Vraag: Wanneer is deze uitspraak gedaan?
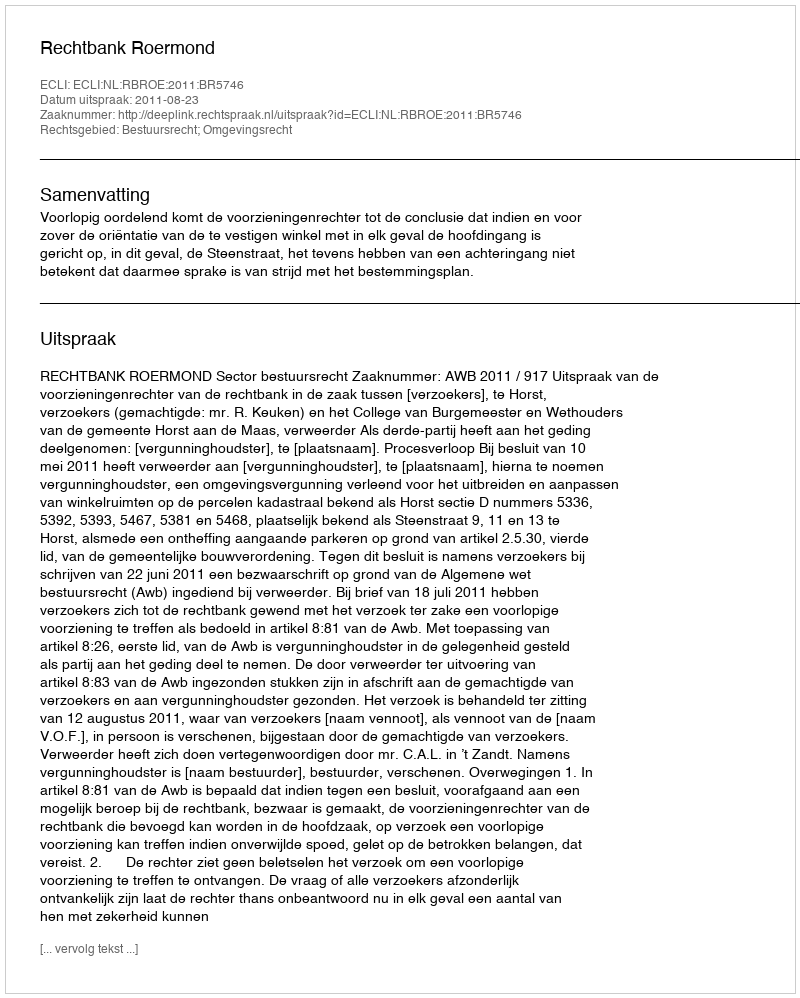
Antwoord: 2011-08-23